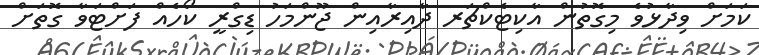
ކަމަށް ވިދާޅުވެ މިގޮތުން އާކިޓެކްޗަރ ދާއިރާއިން ޖޫންމަހު ޑިގްރީ ކޯހެއް ފަށްޓަވާ ގޮތަށް